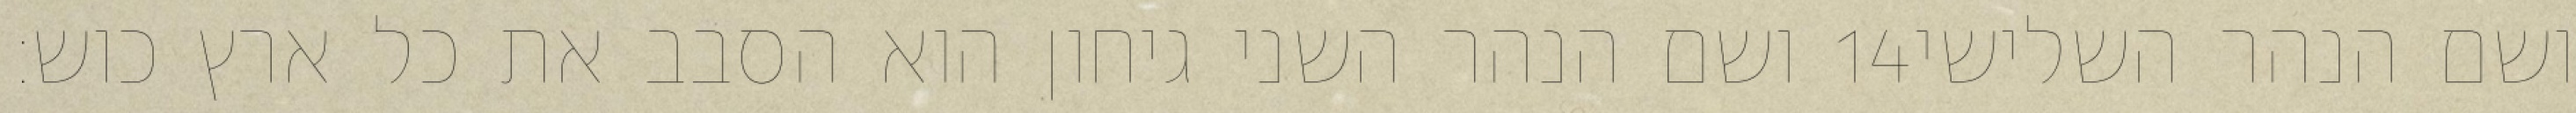
ושם הנהר השני גיחון הוא הסבב את כל ארץ כוש׃ ‎14‏ ושם הנהר השלישי